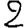
Digit: 2